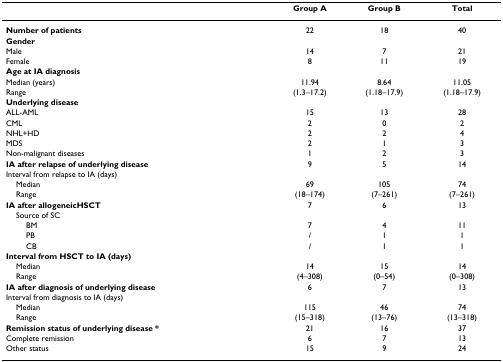
|  | Group A | Group B | Total |
 | --- | --- | --- | --- |
 | Number of patients | 22 | 18 | 40 |
 | Gender |  |  |  |
 | Male | 14 | 7 | 21 |
 | Female | 8 | 11 | 19 |
 | Age at IA diagnosis |  |  |  |
 | Median (years) | 11.94 | 8.64 | 11.05 |
 | Range | (1.3–17.2) | (1.18–17.9) | (1.18–17.9) |
 | Underlying disease |  |  |  |
 | ALL-AML | 15 | 13 | 28 |
 | CML | 2 | 0 | 2 |
 | NHL+HD | 2 | 2 | 4 |
 | MDS | 2 | 1 | 3 |
 | Non-malignant diseases | 1 | 2 | 3 |
 | IA after relapse of underlying disease | 9 | 5 | 14 |
 | Interval from relapse to IA (days) |  |  |  |
 | Median | 69 | 105 | 74 |
 | Range | (18–174) | (7–261) | (7–261) |
 | IA after allogeneicHSCT | 7 | 6 | 13 |
 | Source of SC |  |  |  |
 | BM | 7 | 4 | 11 |
 | PB | / | 1 | 1 |
 | CB | / | 1 | 1 |
 | Interval from HSCT to IA (days) |  |  |  |
 | Median | 14 | 15 | 14 |
 | Range | (4–308) | (0–54) | (0–308) |
 | IA after diagnosis of underlying disease | 6 | 7 | 13 |
 | Interval from diagnosis to IA (days) |  |  |  |
 | Median | 115 | 46 | 74 |
 | Range | (15–318) | (13–76) | (13–318) |
 | Remission status of underlying disease * | 21 | 16 | 37 |
 | Complete remission | 6 | 7 | 13 |
 | Other status | 15 | 9 | 24 |